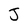
Character: J